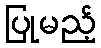
ပြုမည့်